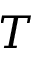
T